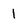
Character: 1